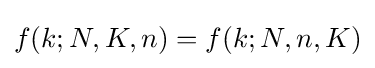
f(k;N,K,n)=f(k;N,n,K)